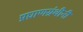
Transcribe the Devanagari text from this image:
प्रघ्राणग्रंथीनी